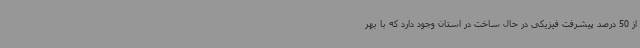
از 50 درصد پیشرفت فیزیکی در حال ساخت در استان وجود دارد که با بهر